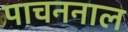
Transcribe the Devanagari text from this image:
पाचननाल